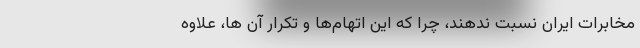
مخابرات ایران نسبت ندهند، چرا که این اتهام‌ها و تکرار آن ها، علاوه